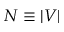
N \equiv | V |